Annual report on the working of the lock hospitals in the North-Western Provinces and Oudh
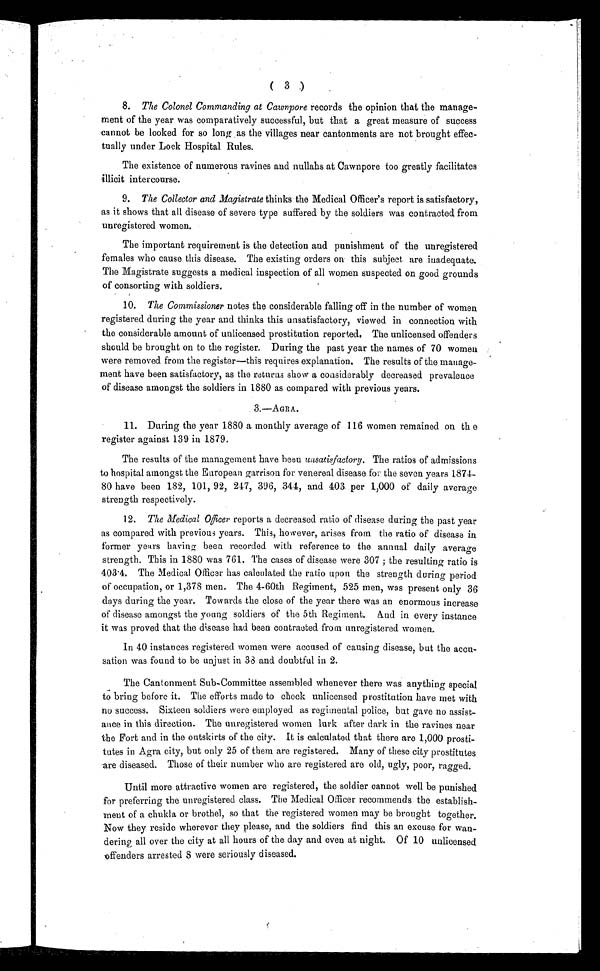
( 3 )
8 . T h e C o l o n e l C o m m a n d i n g a t C a w n p o r erecords the opinion that the manage-
ment of the year was comparatively successful, but that a great measure of success
cannot be looked for so long as the villages near cantonments are not brought effec-
tually under Lock Hospital Rules.
The existence of numerous ravines and nullahs at Cawnpore too greatly facilitates
illicit intercourse.
9. The Collector and Magistrate thinks the Medical Officer's report is satisfactory,
as it shows that all disease of severe type suffered by the soldiers was contracted from
unregistered women.
The important requirement is the detection and punishment of the unregistered
females who cause this disease. The existing orders on this subject are inadequate.
The Magistrate suggests a medical inspection of all women suspected on good grounds
of consorting with soldiers.
1 0
. T h e C o m m i s s i o n e r
n o t e s t h e c o n s i d e r a b l e f a l l i n g o f f i n t h e n u m b e r o f w o m e n
registered during the year and thinks this unsatisfactory, viewed in connection with
the considerable amount of unlicensed prostitution reported, The unlicensed offenders
should be brought on to the register. During the past year the names of 70 women
were removed from the register—this requires explanation. The results of the manage-
ment have been satisfactory, as the returns show a considerably decreased prevalence
of disease amongst the soldiers in 1880 as compared with previous years.
3.—AGRA.
11. Duri ng the year 1880 a monthl y average of 116 women remai ned on th e
register against 139 in 1879.
The results of the management have been unsatisfactory. The ratios of admissions
to hospital amongst the European garrison for venereal disease for the seven years 1874-
80 have been 182, 101, 92, 217, 396, 344, and 403 per 1,000 of daily average
strength respectively.
1 2 .
T h e M e d i c a l O f f i c e r
r e p o r t s a d e c r e a s e d r a t i o o f d i s e a s e d u r i n g t h e p a s t y e a r
as compared with previous years. This, however, arises from the ratio of disease in
former years having been recorded with reference to the annual daily average
strength. This in 1880 was 761. The cases of disease were 307 ; the resulting ratio is
403·4. The Medical Officer has calculated the ratio upon the strength during period
of occupation, or 1,378 men. The 4-60th Regiment, 525 men, was present only 36
days during the year. Towards the close of the year there was an enormous increase
of disease amongst the young soldiers of the 5th Regiment. And in every instance
it was proved that the disease had been contracted from unregistered women.
In 40 instances registered women were accused of causing disease, but the accu-
sation was found to be unjust in 38 and doubtful in 2.
The Cantonment Sub-Committee assembled whenever there was anything special
to bring before it. The efforts made to check unlicensed prostitution have met with
no success. Sixteen soldiers were employed as regimental police, but gave no assist-
ance in this direction. The unregistered women lurk after dark in the ravines near
the Fort and in the outskirts of the city. It is calculated that there are 1,000 prosti-
tutes in Agra city, but only 25 of them are registered. Many of these city prostitutes
are diseased. Those of their number who are registered are old, ugly, poor, ragged.
Until more attractive women are registered, the soldier cannot well be punished
for preferring the unregistered class. The Medical Officer recommends the establish-
ment of a chukla or brothel, so that the registered women may be brought together.
Now they reside wherever they please, and the soldiers find this an excuse for wan-
dering all over the city at all hours of the day and even at night. Of 10 unlicensed
offenders arrested 8 were seriously diseased.